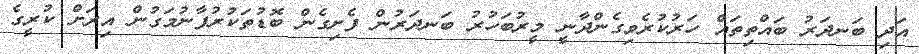
އަދި ބަނދަރު ބައްތިތައް ހަރުކުރެވިގެންދާނީ މީރުބަހުރު ބަނދަރުން ފެށިގެން ބޮޑުތަކުރުފާނުމަގުން އިރަށް ކުރީގެ